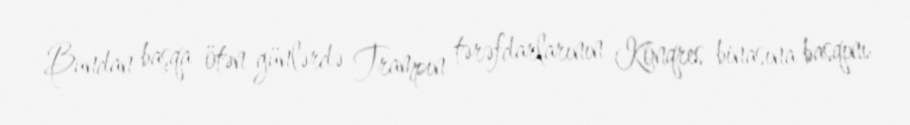
Bundan başqa ötən günlərdə Trampın tərəfdarlarının Konqres binasına basqını